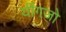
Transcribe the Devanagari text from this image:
यींगजो